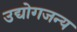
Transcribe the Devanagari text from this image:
उद्योगजन्य